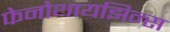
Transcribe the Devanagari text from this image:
फेनोथायझिन्स